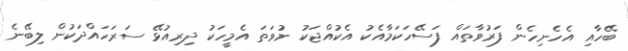
ބޭހާއި އެހެނިހެން ފަރުވާތައް ފަސޭހަކަމާއެކު އެކުއްޖަކު ނުވަތަ އެމީހަކު ދިރިއުޅޭ ސަރަހައްދަކުން ލިބޭނެ